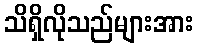
သိရှိလိုသည်များအား